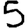
Digit: 5